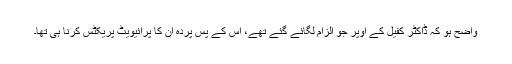
واضح ہو کہ ڈاکٹر کفیل کے اوپر جو الزام لگائے گئے تھے، اس کے پس پردہ ان کا پرائیویٹ پریکٹس کرنا ہی تھا۔